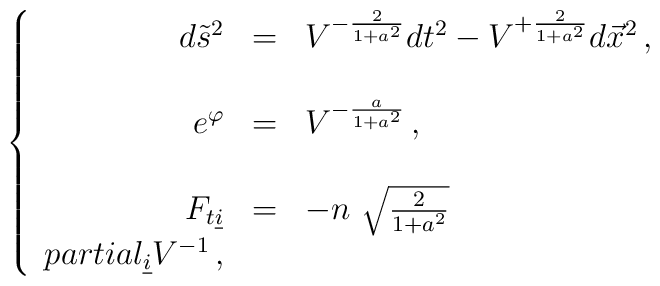
\left\{\begin{array}{rcl}d\tilde{s}^{2} & = & V^{-\frac{2}{1+a^{2}}} dt^{2}-V^{+\frac{2}{1+a^{2}}}d\vec{x}^{2}\, ,\\& &\\e^{\varphi} & = & V^{-\frac{a}{1+a^{2}}}\, ,\\& &\\F_{t\underline{i}} & = & -n\ \sqrt{\frac{2}{1+a^{2}}}\\partial_{\underline{i}}V^{-1}\, ,\end{array}\right.